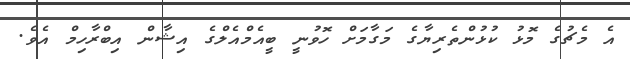
އެ މެޗުގެ މޮޅު ކުޅުންތެރިޔާގެ މަގާމަށް ހޮވުނީ ބީއެމްއެލްގެ އިޝާން އިބްރާހިމް އެވެ.